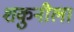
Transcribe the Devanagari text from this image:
शकुनीला